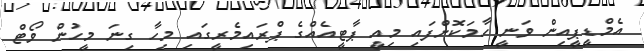
އެމްޑީޕީއިން ވަނީ ހާމަކޮށްފައި މިއީ ޕާޓީއެއްގެ ޕްރައިމެރީގައި މިހާ ގިނަ މީހުން ވޯޓް